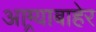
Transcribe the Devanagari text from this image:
आग्र्याबाहेर